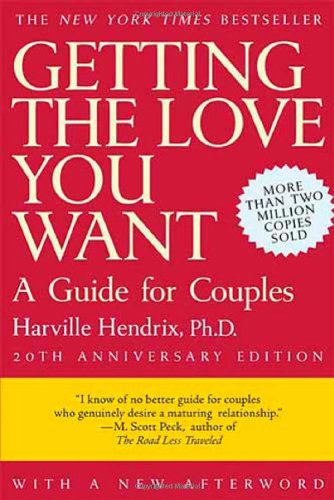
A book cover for Getting the Love You Want: A Guide for Couples, 20th Anniversary Edition; Harville Hendrix; Parenting & Relationships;